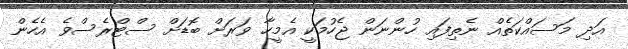
އަދި މަސައްކަތެއް ނެތިފައި ހުންނަން ޖެހުމަކީ އެމީހާ ވަރަށް ބޮޑަށް ސްޓްރެސްވެ އެހެން